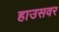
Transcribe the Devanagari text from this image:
हाउसवर